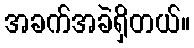
အခက်အခဲရှိတယ်။